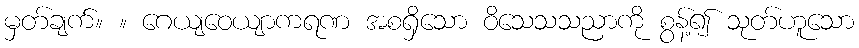
မှတ်ချက်။ ။ ဂေယျဝေယျာကရဏ အစရှိသော ဝိသေသသညာကို စွန့်၍ သုတ်ဟူသော